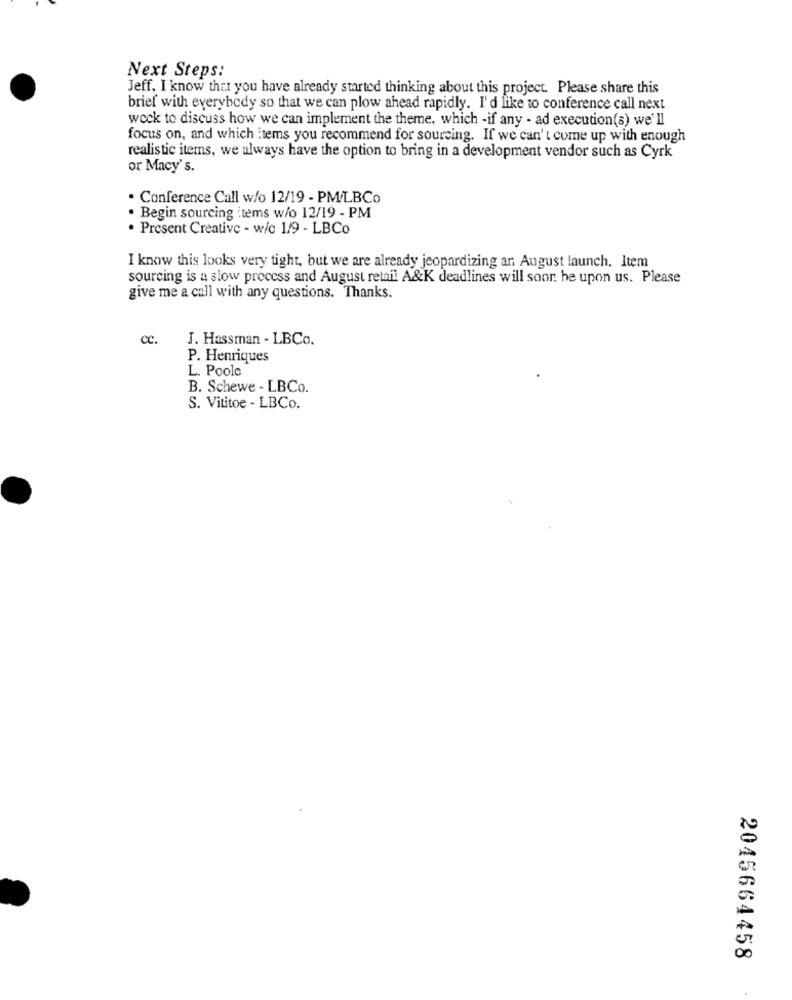
Next Steps:
Jeff, I know that you have already started thinking about this project. Please share this
brief with everybody so that we can plow ahead rapidly. I'd like to conference call next
weck to discuss how we can implement the theme, which -if any - ad execution(s) we'll
focus on, and which items you recommend for sourcing. If we can't come up with enough
realistic items, we always have the option to bring in a development vendor such as Cyrk
or Macy's.
. Conference Call w/o 12/19 - PM/LBCo
· Begin sourcing items w/o 12/19 - PM
· Present Creative - w/c 1/9 - LBCo
I know this looks very tight, but we are already jeopardizing an August launch. Item
sourcing is a slow process and August retail A&K deadlines will soor he upon us. Please
give me a call with any questions. Thanks.
cc.
J. Hassman - LBCo.
P. Henriques
L. Poole
B. Schewe - LBCo.
S. Vititoe - LBCo.
2045664458